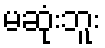
မဆုံးဘူး